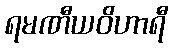
ရမဏီယဝိဟာရီ